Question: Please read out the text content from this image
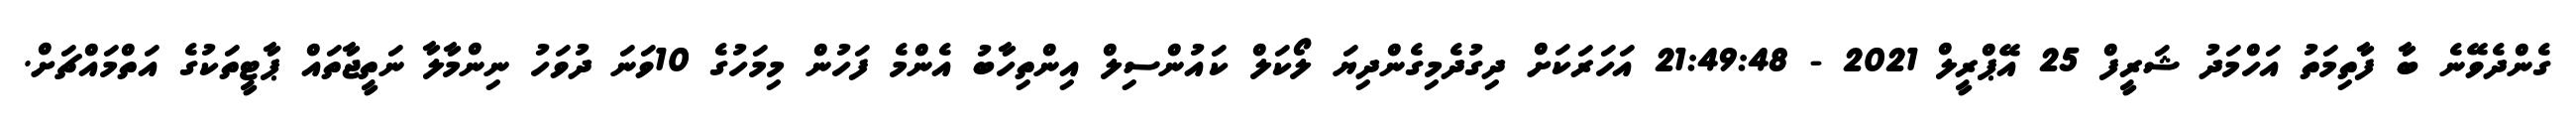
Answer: ގެންދެވޭނެ ބާ ފާތިމަތު އަހްމަދު ޝަރީފް 25 އޭޕްރީލް 2021 - 21:49:48 އަހަރަކަށް ދިގުދެމިގެންދިޔަ ލޯކަލް ކައުންސިލް އިންތިހާބު އެންމެ ފަހުން މިމަހުގެ 10ވަނަ ދުވަހު ނިންމާލާ ނަތީޖާތައް ޕާޓީތަކުގެ އަތްމައްޗަށް.